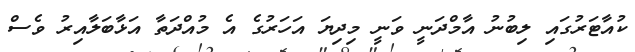
ކުއާޓަރުގައި ލިބުނު އާމްދަނީ ވަނީ މިދިޔަ އަހަރުގެ އެ މުއްދަތާ އަޅާބަލާއިރު ވެސް